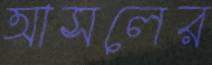
আসলের